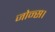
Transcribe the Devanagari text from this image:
जोन्स।